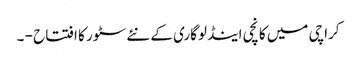
کراچی میں کانچی اینڈ لوگاری کے نئے سٹور کا افتتاح - ۔